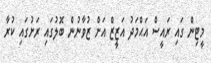
މީޓިން ގައި ރައީސް އަޙްމަދު އަޒީޒް އަށް ޒުވާނުން ބޮލުގައި ރަށުގައި ކުރާ